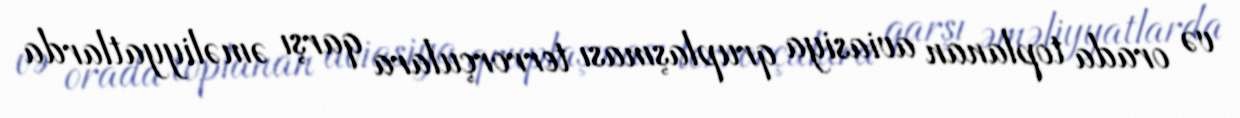
və orada toplanan aviasiya qruplaşması terrorçulara qarşı əməliyyatlarda